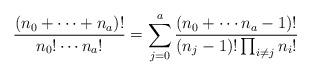
LaTeX: \begin{align*}\frac{(n_{0}+\cdots+n_{a})!}{n_{0}!\cdots n_{a}!}=\sum_{j=0}^{a}\frac{(n_{0}+\cdots n_{a}-1)!}{(n_{j}-1)!\prod_{i\neq j}n_{i}!}\end{align*}